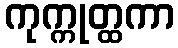
ကုက္ကုတ္ထကာ